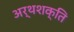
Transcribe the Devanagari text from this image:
अर्थशक्ति